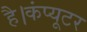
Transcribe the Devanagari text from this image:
है।कंप्यूटर